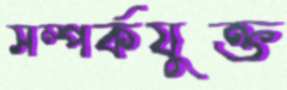
সম্পর্কযুক্ত